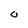
Character: O